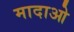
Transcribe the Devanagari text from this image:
मादाओ